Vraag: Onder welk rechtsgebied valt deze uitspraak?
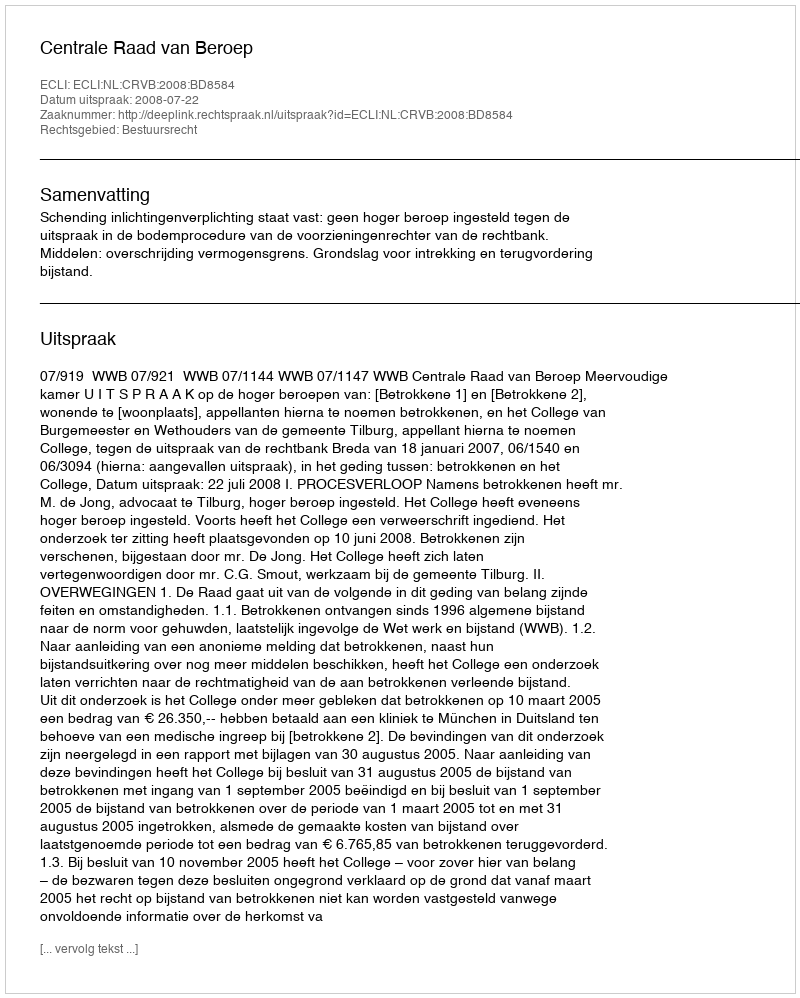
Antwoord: Bestuursrecht